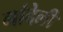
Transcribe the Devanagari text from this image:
गांदेली